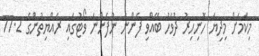
މިކަމަށް މިދިޔަ ހޮނިހިރު ދުވަހު ބޭއްވި ފެންނަ ނުފެންނަ ވޯޓުގައި ރައްޔިތުންގެ 77.2